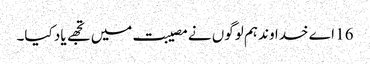
16 اے خدا وند ہم لوگوں نے مصیبت میں تجھے یاد کیا۔